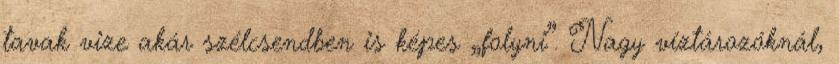
tavak vize akár szélcsendben is képes „folyni”. Nagy víztározóknál,